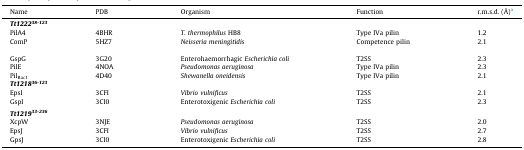
<table><thead><tr><td><b>Name</b></td><td><b>PDB</b></td><td><b>Organism</b></td><td><b>Function</b></td><td><b>r.m.s.d. (Å)a</b></td></tr></thead><tbody><tr><td colspan="5"><i><b>Tt1222</b><sup><b>38-123</b></sup></i></td></tr><tr><td>PilA4</td><td>4BHR</td><td><i>T. thermophilus</i> HB8</td><td>Type IVa pilin</td><td>1.2</td></tr><tr><td>ComP</td><td>5HZ7</td><td><i>Neisseria meningitidis</i></td><td>Competence pilin</td><td>2.1</td></tr><tr><td>GspG</td><td>3G20</td><td>Enterohaemorrhagic <i>Escherichia coli</i></td><td>T2SS</td><td>2.3</td></tr><tr><td>PilE</td><td>4NOA</td><td><i>Pseudomonas aeruginosa</i></td><td>Type IVa pilin</td><td>2.3</td></tr><tr><td>Pil<sub>Bac1</sub></td><td>4D40</td><td><i>Shewanella oneidensis</i></td><td>Type IVa pilin</td><td>2.1</td></tr><tr><td colspan="5"><i><b>Tt1218</b><sup><b>36-123</b></sup></i></td></tr><tr><td>EpsI</td><td>3CFI</td><td><i>Vibrio vulnificus</i></td><td>T2SS</td><td>2.1</td></tr><tr><td>GspI</td><td>3CI0</td><td>Enterotoxigenic <i>Escherichia coli</i></td><td>T2SS</td><td>2.3</td></tr><tr><td colspan="5">  </td></tr><tr><td colspan="5"><i><b>Tt1219</b><sup><b>33-236</b></sup></i></td></tr><tr><td>XcpW</td><td>3NJE</td><td><i>Pseudomonas aeruginosa</i></td><td>T2SS</td><td>2.0</td></tr><tr><td>EpsJ</td><td>3CFI</td><td><i>Vibrio vulnificus</i></td><td>T2SS</td><td>2.7</td></tr><tr><td>GpsJ</td><td>3CI0</td><td>Enterotoxigenic <i>Escherichia coli</i></td><td>T2SS</td><td>2.8</td></tr></tbody></table>